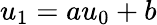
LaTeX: u_{1}=au_{0}+b